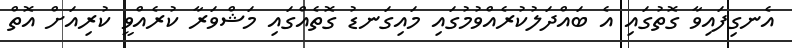
އެނގިފައިވާ ގޮތުގައި އެ ބައްދަލުކުރެއްވުމުގައި މައިގަނޑު ގޮތެއްގައި މަޝްވަރާ ކުރެއްވީ ކުރިއަށް އޮތް